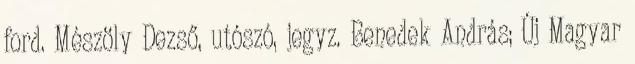
ford. Mészöly Dezső, utószó, jegyz. Benedek András; Új Magyar